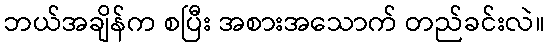
ဘယ်အချိန်က စပြီး အစားအသောက် တည်ခင်းလဲ။